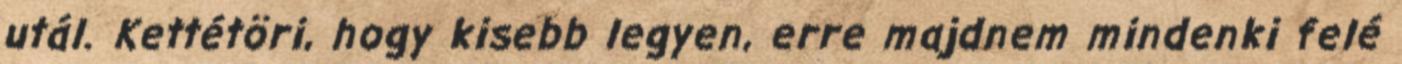
utál. Kettétöri, hogy kisebb legyen, erre majdnem mindenki felé